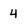
Character: 4